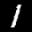
Label: 1